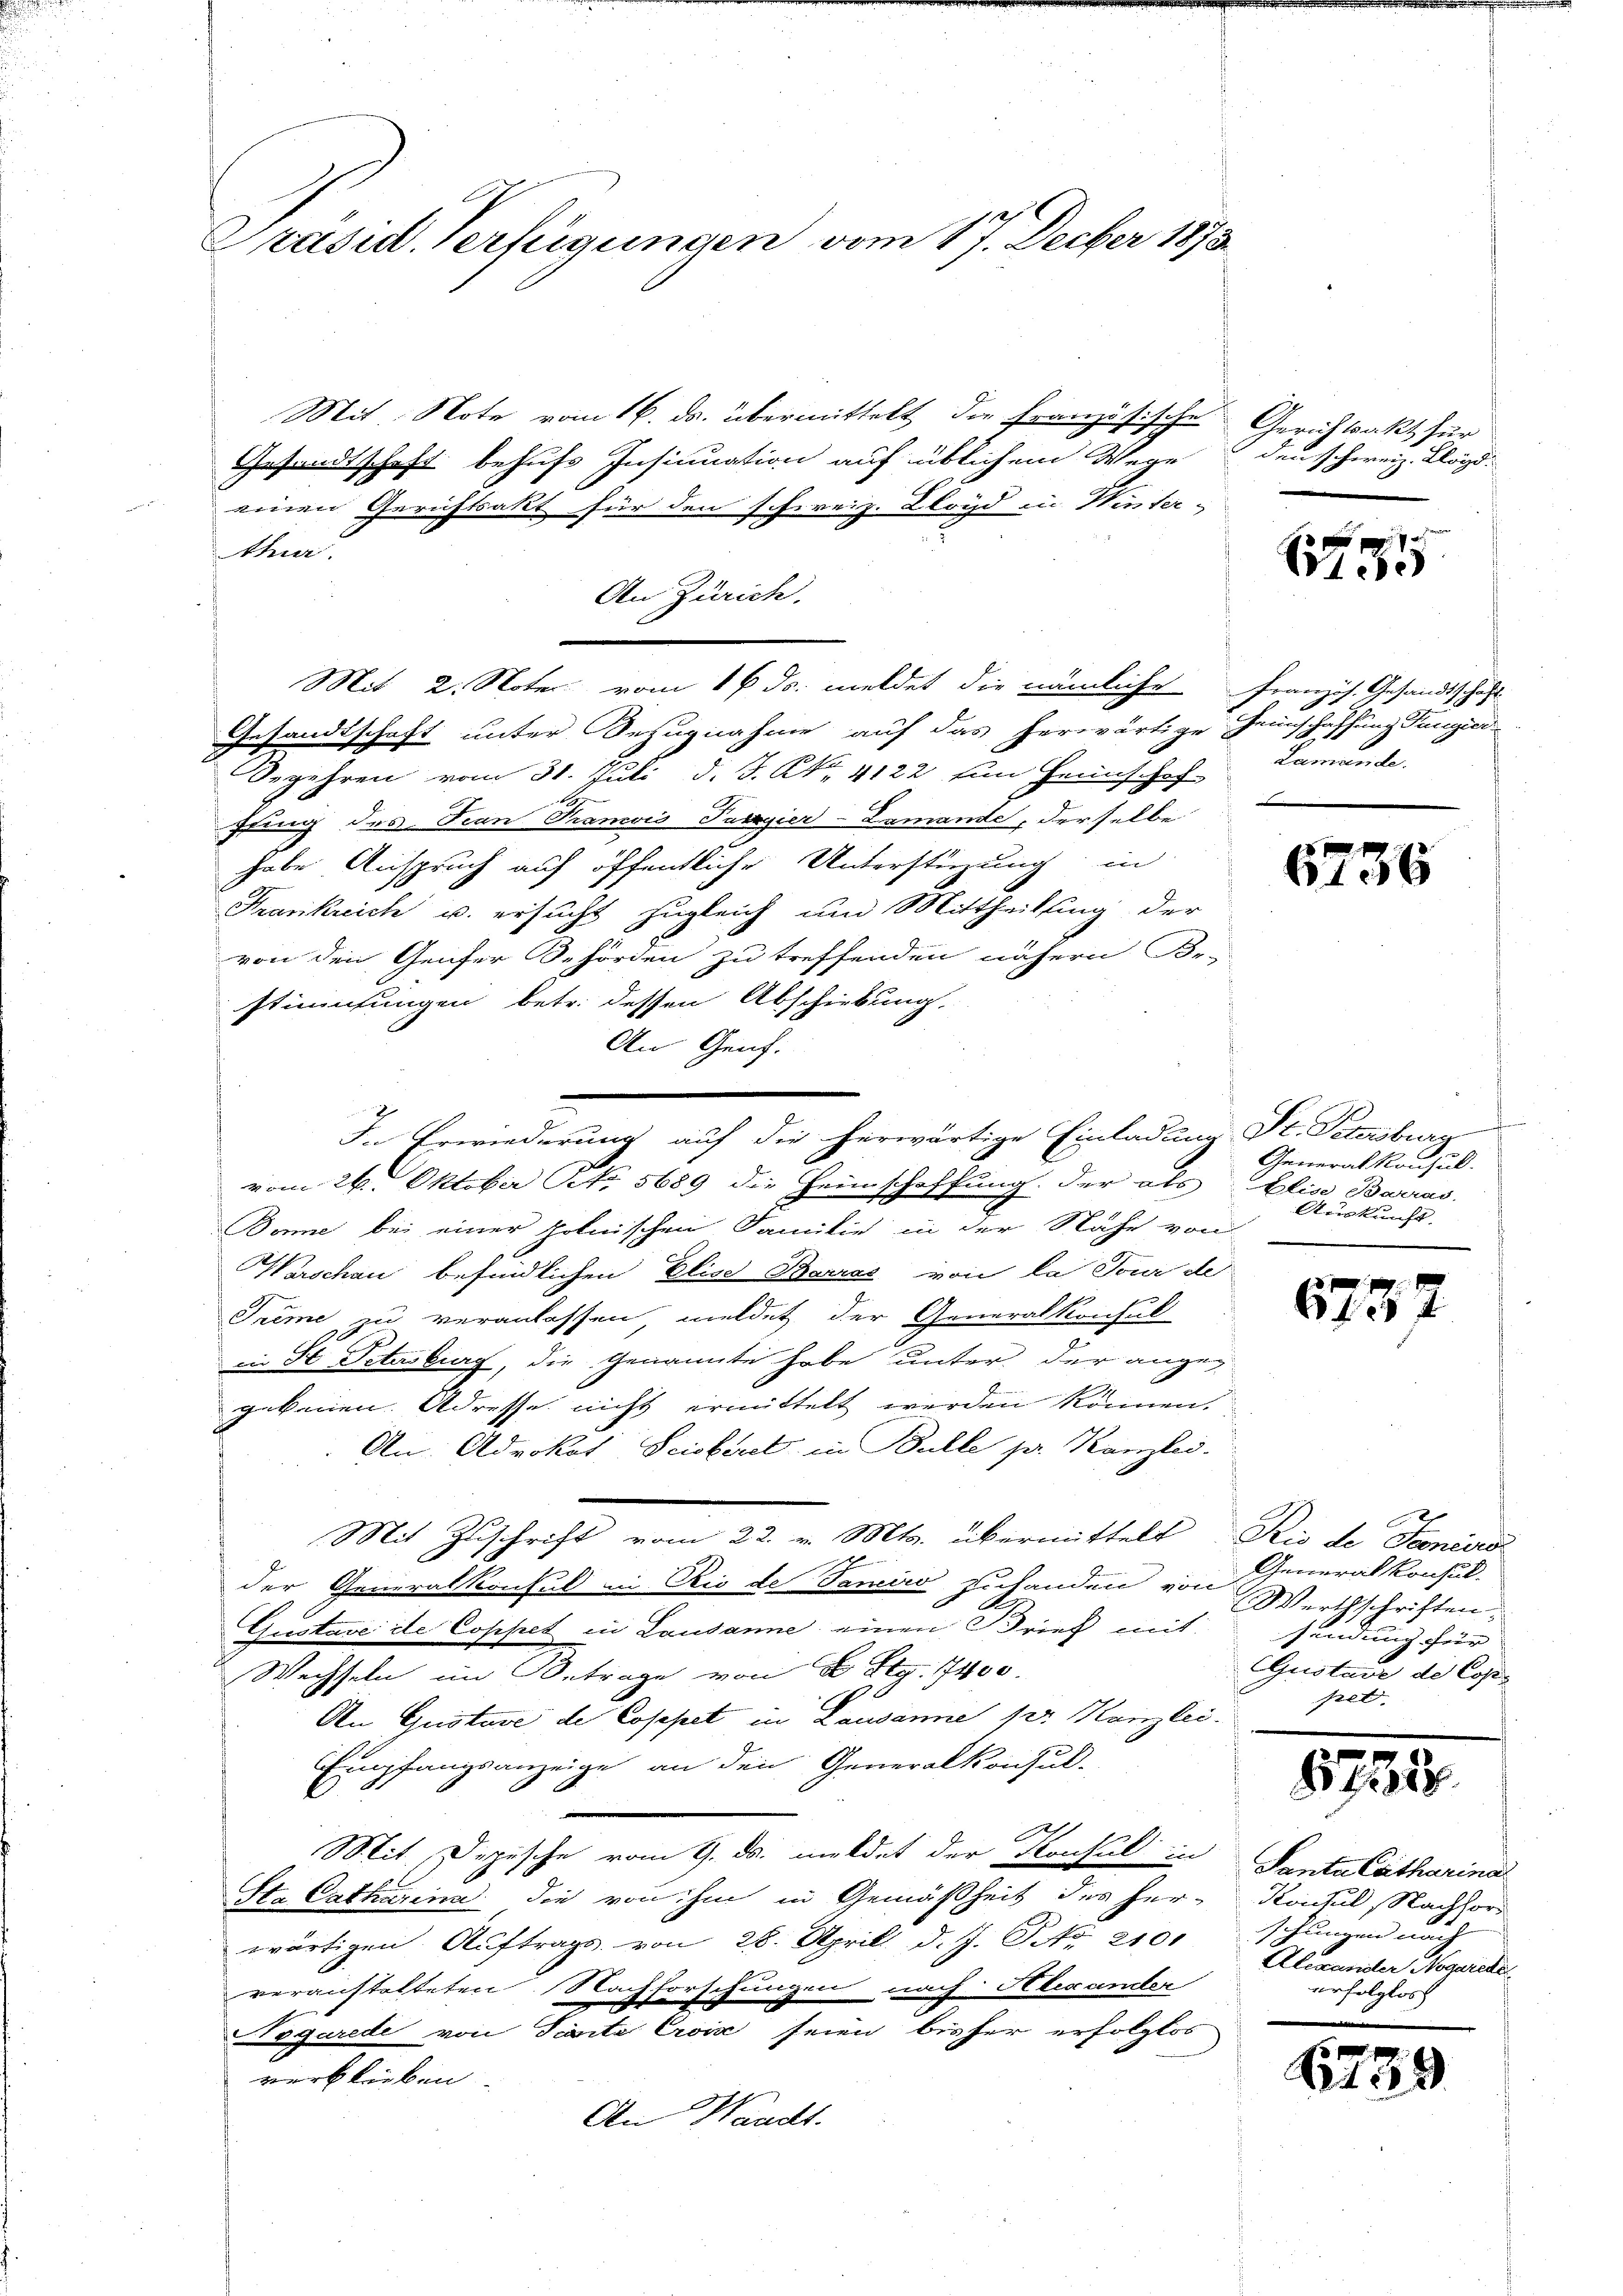
Präsid. Verfügungen vom 17. Decber 1873

Mit Note vom 16. ds. übermittelt die französische Gerichtsakt für
Gesandtschaft behufs Insinuation auf üblichem Wege
einen Gerichtsakt für den schweiz. Lloyd in Winter-
thur.
An Zürich.
Mit 2. Noter vom 16. ds. meldet die nämliche Französ. Gesandtschaft
Gesandtschaft unter Bezugnahme auf das herwärtige Heinschaffung Tangier
Begehren vom 31. Juli d. J. K. 4122 um Heimschaf-
fung des Jean Tramois Papier-Lamande, derselbe
habe Anspruch auf öffentliche Unterstüzung in
Frankreich u. ersucht zugleich und Mittheilung der
von den Genfer Behörden zu treffenden nähern Be-
stimmungen betr. dessen Abschiebung.
An Genf.

vom 26. Oktober No. 5689 die Heimschaffung. Der als Elise Barras
Bonne bei einer polnischen Familie in der Nähe von
Warschau befindlichen Elise Barrad von la Tour der
Tume zu veranlassen meldet der Generalkonsul
i St. Petersburg, die Genannte habe unter der angegebenen Adresse nicht ermittelt werden können.
An: Advokat Seisbeel in Bulle pr. Kanzlei.
Mit Zuschrift vom 22. v. Mts. übermittelt Rio de Tornige
der Generalkonsul in Rio de Janeiro zutanden von
Gustave de Coppet in Lausanne einen Brief mit
Wechseln im Betrage von 2 S. 1400.
An Gustave de Copepet in Lausanne pr. Kanzlei.
Empfangsanzeige an den Generalkonsul-
Mit Depesche vom 9. ds. meldet der Konsul in
Sta Catharina die von ihm in Gemäßheit des herwärtigen Auftrags von 28. April d. J. Pato 2100
veranstalteten Nachforschungen nach Alexander
i
.
Pegarede von Seite Cris seien bisher erfolglos
verblieben.
An Waadt.

In Erwiederung auf die herwärtige Einladung St. Petersburg

den schweiz. Lloyd:

Wiebe

Lamande.

6736

Generalkonsul
Auskunft.

6737

Generalkonsul
Werthschriften.
sendung für
CGustave de Cop
pel.

87535

Santa Catharina
Kontul, Nachford
schungen und |
Alexander Negerede
erfolglos

E

.